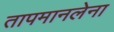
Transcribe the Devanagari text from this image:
तापमानलेना